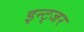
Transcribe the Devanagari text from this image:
इन्ट्जर